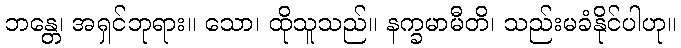
ဘန္တေ၊ အရှင်ဘုရား။ သော၊ ထိုသူသည်။ နက္ခမာမီတိ၊ သည်းမခံနိုင်ပါဟု။